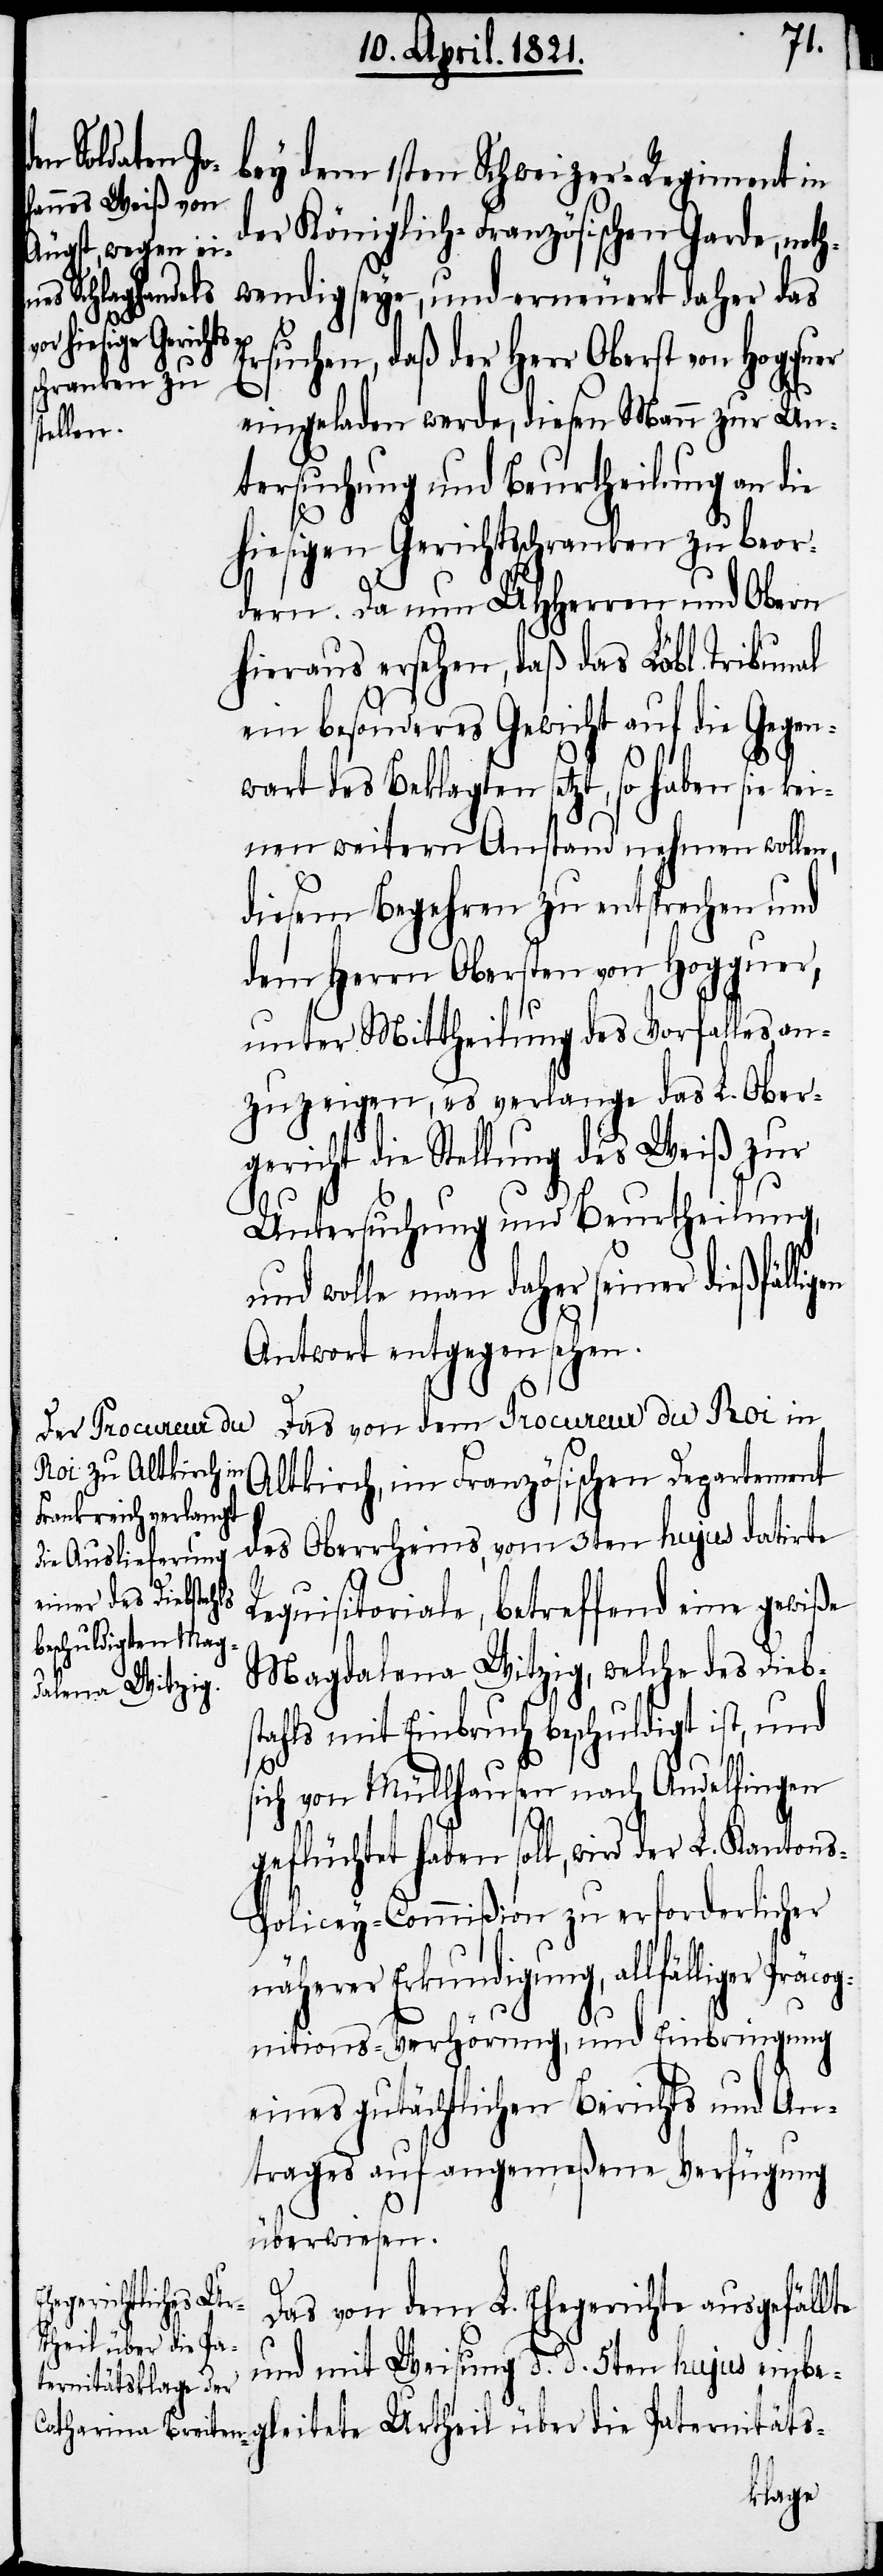
s¬
bey dem 1sten Schweizer-Regiment in
der Königlich-Französischen Garde, noth¬
wendig seye, und erneuert daher das
liger Präcog¬
Ersuchen, daß der Herr Oberst von Hogguer
eingeladen werde, diesen Mann zur Un¬
tersuchung und Beurtheilung an die
hiesigen Gerichtsschranken zu beor¬
dern. Da nun UHHerren und Obern
hieraus ersehen, daß das Löbl. Tribunal
ein besonderes Gewicht auf die Gegen¬
wart des Beklagten setzt, so haben sie kei¬
nen weitern Anstand nehmen wollen,
diesem Begehren zu entsprechen und
dem Herrn Obersten von Hogguer,
unter Mittheilung des Vorfalles an¬
zuzeigen, es verlange das L. Ober¬
gericht die Stellung des Weiß zur
Untersuchung und Beurtheilung,
und wolle man daher seiner dießfäl¬
Antwort entgegensehen.
Das von dem Procureur du Roi in
Altkirch, im Französischen Departement
des Oberrheins, vom 3ten hujus datirte
Requisitoriale, betreffend eine gewiße
Magdalena Witzig, welche des Diebs¬
tahls mit Einbruch beschuldigt ist, und
ich von Müllhausen nach Andelfingen
geflüchtet haben soll, wird der L. Kanton¬
s-Policey-Commißion zu erforderlicher
näherer Erkundigung, allfäl¬
nitions-Verhörung, und Einbringung
eines gutächtlichen Berichts und An¬
trages auf angemeßene Verfügung
überwiesen.
Das von dem L. Ehegerichte ausgefällte
und mit Weisung d. d. 5ten hujus einbe¬
gleitete Urtheil über die Paternitäts-
ligen